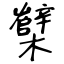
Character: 櫱